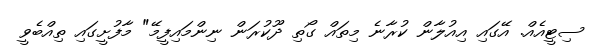
ސިޓީއެއް. އޭގައި އިއުލާން ކުރާނެ މިތައް ގޯތި ދޫކުރަން ނިންމައިފީމޭ" މާފުށީގައި ތިއްބެވީ